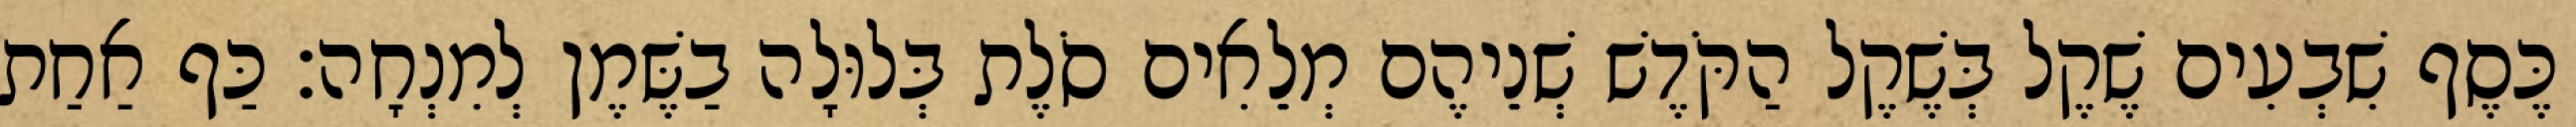
כֶּסֶף שִׁבְעִים שֶׁקֶל בְּשֶׁקֶל הַקֹּדֶשׁ שְׁנֵיהֶם מְלֵאִים סֹלֶת בְּלוּלָה בַשֶּׁמֶן לְמִנְחָה׃ כַּף אַחַת